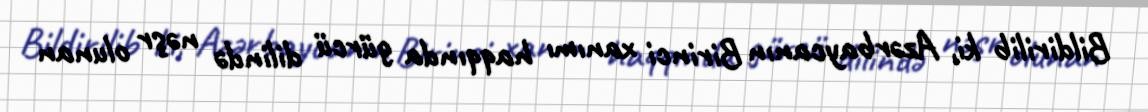
Bildirilib ki, Azərbaycanın Birinci xanımı haqqında gürcü dilində nəşr olunan